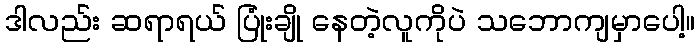
ဒါလည်း ဆရာရယ် ပြုံးချို နေတဲ့လူကိုပဲ သဘောကျမှာပေါ့။